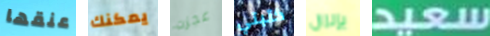
عنقها يمكنك عجزت كتبتي بإنزال سعيد